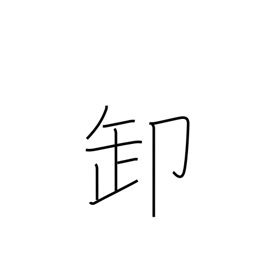
Meaning: wholesale